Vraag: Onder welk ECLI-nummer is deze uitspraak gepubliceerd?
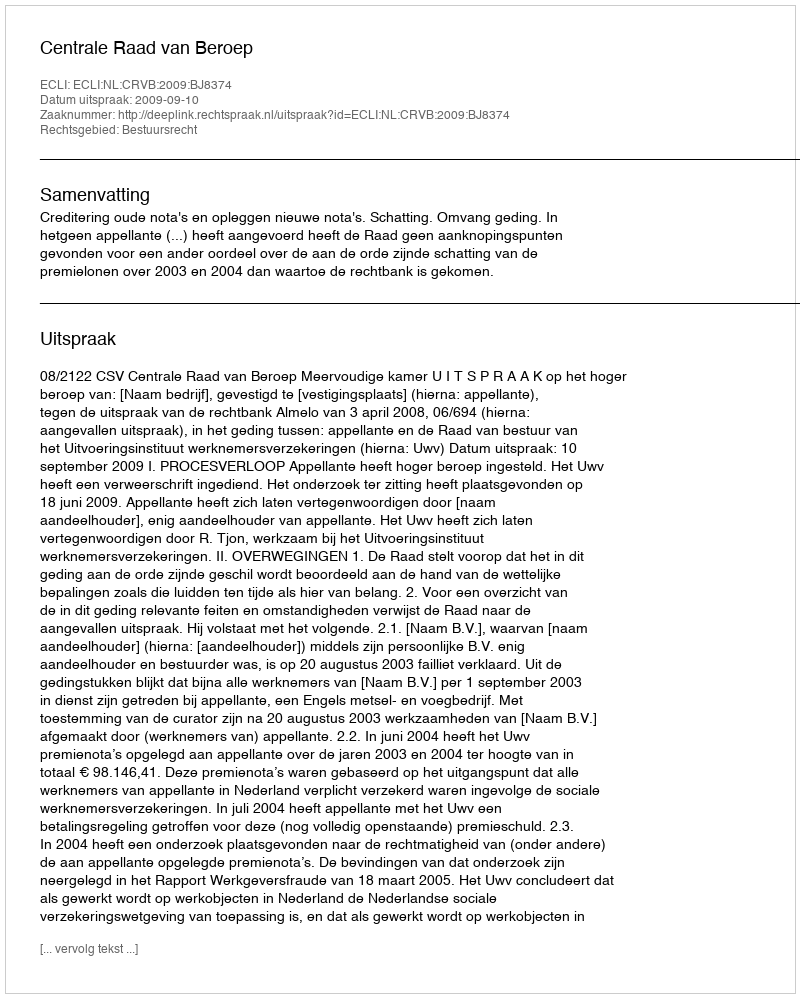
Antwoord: ECLI:NL:CRVB:2009:BJ8374